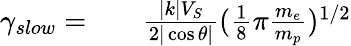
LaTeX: \begin{array}{rlr}{\gamma_{slow}=}&{{}}&{\frac{|k|V_{S}}{2|\cos\theta|}(\frac{1}{8}\pi\frac{m_{e}}{m_{p}})^{1/2}}\end{array}